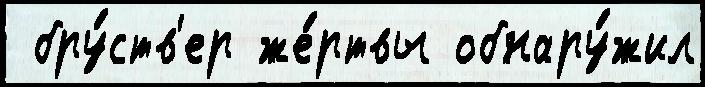
 бру́ств'ер же́ртвы обнару́жил